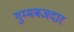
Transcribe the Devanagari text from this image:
गुम्मबजदार